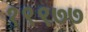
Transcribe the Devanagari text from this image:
१९९७७